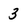
Character: 3